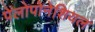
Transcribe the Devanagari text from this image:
पेलोपोनेशियल